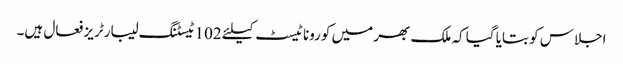
اجلاس کو بتایا گیا کہ ملک بھر میں کورونا ٹیسٹ کیلئے 102 ٹیسٹنگ لیبارٹریز فعال ہیں۔